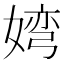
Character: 𮱐